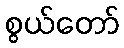
စွယ်တော်